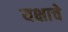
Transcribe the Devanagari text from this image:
यक्षाचे